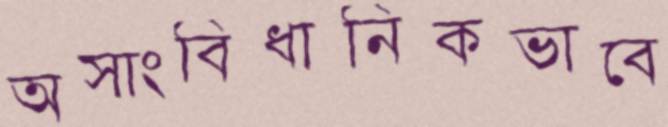
অসাংবিধানিকভাবে